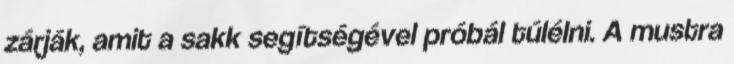
zárják, amit a sakk segítségével próbál túlélni. A mustra